Civil Veterinary Dept. Bombay admin report 1900-1906 - 1900-1906
Year: 1900
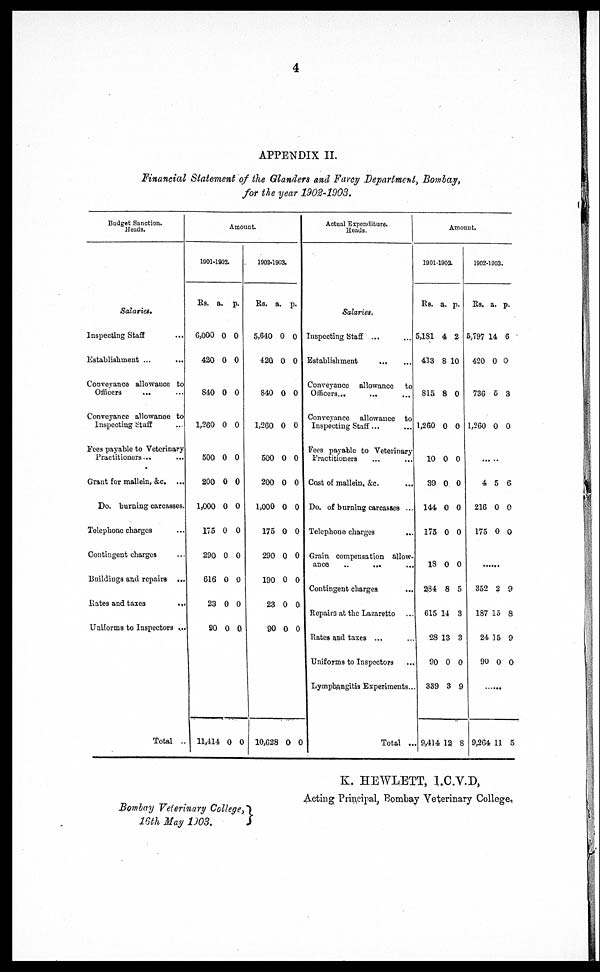
4
APPENDIX II.
Financial Statement of the Glanders and Farcy Department, Bombay,
for the year 1902-1903.
Budget Sanction.
Heads.
Salaries.
Inspecting Staff …
Establishment ...
...
Conveyance allowance to
Officers
... …
Conveyance allowance to
Inspecting Staff …
Fees payable to Veterinary
Practitioners … …
Grant for mallein, &c. …
Do. burning carcasses.
Telephone charges …
Contingent charges …
Buildings and repairs ...
Rates and taxes
...
Uniforms to Inspectors …
Total …
Amount
1901-1902.
Rs. a. p.
6,000 0 0
420 0 0
840 0 0
1,260 0 0
500 0 0
200 0 0
1,000 0 0
175 0 0
290 0 0
616 0 0
23 0 0
00 0 0
11,414 0 0
1902-1903.
Rs. a. p.
5,640 0 0
420 0 0
840 0 0
1,260 0 0
500 0 0
200 0 0
1,000 0 0
175 0 0
290 0 0
190 0 0
23 0 0
90 0 0
10,628 0 0
Actual Expenditure.
Heads.
Salaries.
Inspecting Staff ...
Establishment
Conveyance allowance to
Officers … … …
Conveyance allowance to
Inspecting Staff ...
Fees payable to Veterinary
Practitioners … …
Cost of mallein, &c. …
Do. of burning carcasses ...
Telephone charges
...
Grain compensation allow-
ance … … …
Contingent charges …
Repairs at the Lazaretto …
Rates and taxes ... …
Uniforms to Inspectors …
Lymphangitis Experiments …
Total …
Amount.
1001-1902.
Rs. a. p.
5,181 4 2
413 8 10
815 8 0
1,260 0 0
10 0 0
39 0 0
144 0 0
175 0 0
13 0 0
234 8 5
615 14 3
28 13 3
90 0 0
339 3 9
9,414 12 8
1902-1003.
Rs. a. p.
5,797 14 6
420 0 0
736 5 3
1,260 0 0
……
4 5 6
216 0 0
175 0 0
……
352 2 9
187 15 8
24 15 9
90 0 0
9,264 11 5
Bombay Veterinary College,
16th May 1903.
K. HEWLETT, I.C.V.D,
Acting Principal, Bombay Veterinary College.